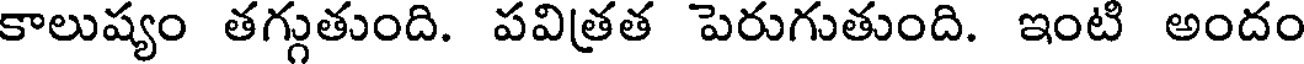
కాలుష్యం తగ్గుతుంది. పవిత్రత పెరుగుతుంది. ఇంట అందం